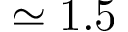
\simeq 1 . 5